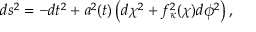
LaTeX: d s ^ { 2 } = - d t ^ { 2 } + a ^ { 2 } ( t ) \left( d \chi ^ { 2 } + f _ { \kappa } ^ { 2 } ( \chi ) d \phi ^ { 2 } \right) ,